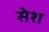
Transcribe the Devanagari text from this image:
सेश